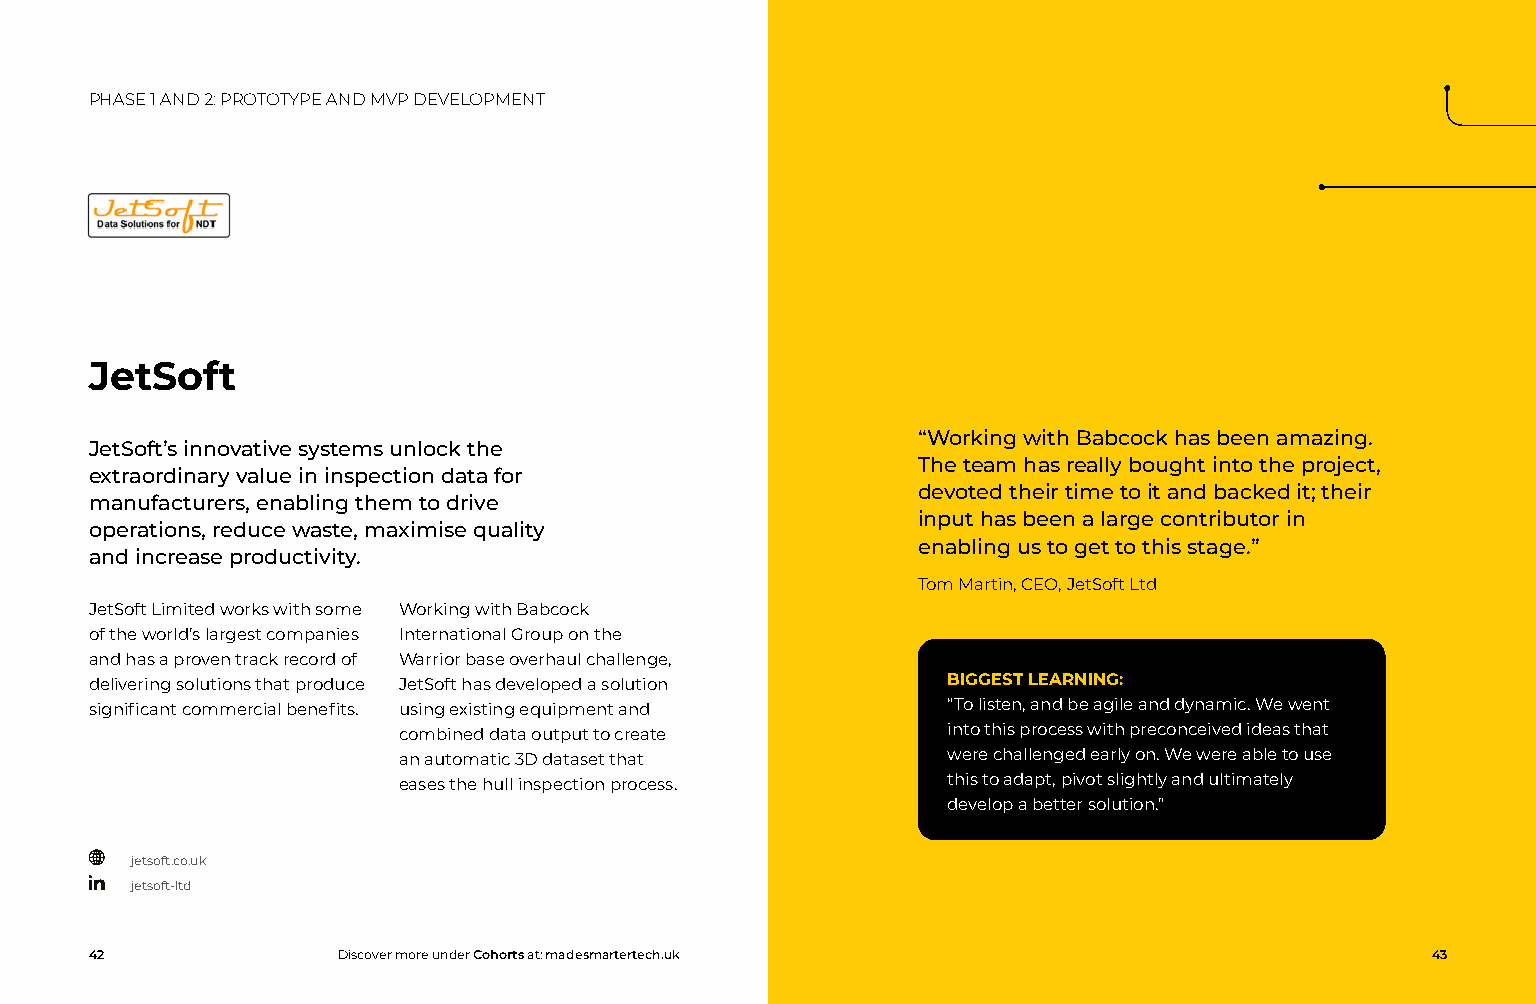
PHASE 1 AND 2: PROTOTYPE AND MVP DEVELOPMENT
 JetSoft
 “Working with Babcock has been amazing.
 JetSoft’s innovative systems unlock the
 The team has really bought into the project,
 extraordinary value in inspection data for
 devoted their time to it and backed it; their
 manufacturers, enabling them to drive
 input has been a large contributor in
 operations, reduce waste, maximise quality
 enabling us to get to this stage.”
 and increase productivity.
 Tom Martin, CEO, JetSoft Ltd
 JetSoft Limited works with some Working with Babcock
 of the world’s largest companies International Group on the
 and has a proven track record of Warrior base overhaul challenge,
 delivering solutions that produce JetSoft has developed a solution BIGGEST LEARNING:
 significant commercial benefits. using existing equipment and “To listen, and be agile and dynamic. We went
 combined data output to create       into this process with preconceived ideas that
 an automatic 3D dataset that         were challenged early on. We were able to use
 eases the hull inspection process.   this to adapt, pivot slightly and ultimately
 develop a better solution.”
 jetsoft.co.uk
 jetsoft-ltd
 42              Discover more under Cohorts at: madesmartertech.uk                       43